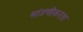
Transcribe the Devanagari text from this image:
मांडणीकरता